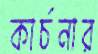
কার্চনার